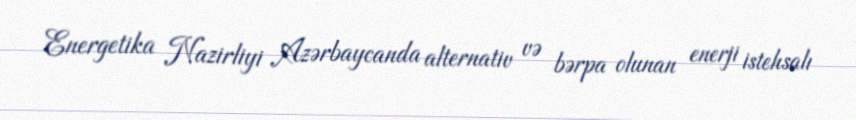
Energetika Nazirliyi Azərbaycanda alternativ və bərpa olunan enerji istehsalı